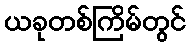
ယခုတစ်ကြိမ်တွင်